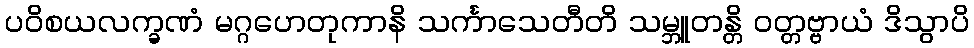
ပဝိစယလက္ခဏံ မဂ္ဂဟေတုကာနိ သင်္ကာသေတီတိ သမ္ဘူတန္တိ ဝတ္တဗ္ဗာယံ ဒိသွာပိ